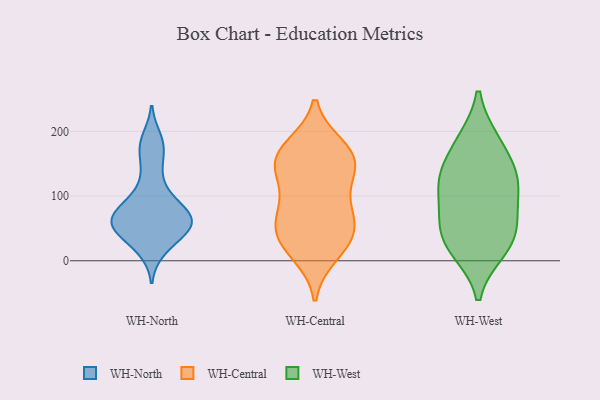
{"axis": {"x": "Headcount", "y": "Value"}, "legend": ["WH-Central", "WH-North", "WH-West"], "data": [{"x": "", "y": 49, "type": "WH-North"}, {"x": "", "y": 62, "type": "WH-North"}, {"x": "", "y": 16, "type": "WH-North"}, {"x": "", "y": 167, "type": "WH-North"}, {"x": "", "y": 50, "type": "WH-North"}, {"x": "", "y": 23, "type": "WH-North"}, {"x": "", "y": 88, "type": "WH-North"}, {"x": "", "y": 69, "type": "WH-North"}, {"x": "", "y": 114, "type": "WH-North"}, {"x": "", "y": 91, "type": "WH-North"}, {"x": "", "y": 46, "type": "WH-North"}, {"x": "", "y": 189, "type": "WH-North"}, {"x": "", "y": 57, "type": "WH-North"}, {"x": "", "y": 180, "type": "WH-North"}, {"x": "", "y": 77, "type": "WH-North"}, {"x": "", "y": 74, "type": "WH-North"}, {"x": "", "y": 141, "type": "WH-North"}, {"x": "", "y": 57, "type": "WH-North"}, {"x": "", "y": 52, "type": "WH-North"}, {"x": "", "y": 22, "type": "WH-Central"}, {"x": "", "y": 149, "type": "WH-Central"}, {"x": "", "y": 152, "type": "WH-Central"}, {"x": "", "y": 41, "type": "WH-Central"}, {"x": "", "y": 140, "type": "WH-Central"}, {"x": "", "y": 47, "type": "WH-Central"}, {"x": "", "y": 38, "type": "WH-Central"}, {"x": "", "y": 11, "type": "WH-Central"}, {"x": "", "y": 164, "type": "WH-Central"}, {"x": "", "y": 127, "type": "WH-Central"}, {"x": "", "y": 74, "type": "WH-Central"}, {"x": "", "y": 76, "type": "WH-Central"}, {"x": "", "y": 172, "type": "WH-Central"}, {"x": "", "y": 84, "type": "WH-Central"}, {"x": "", "y": 176, "type": "WH-Central"}, {"x": "", "y": 125, "type": "WH-West"}, {"x": "", "y": 129, "type": "WH-West"}, {"x": "", "y": 133, "type": "WH-West"}, {"x": "", "y": 16, "type": "WH-West"}, {"x": "", "y": 185, "type": "WH-West"}, {"x": "", "y": 81, "type": "WH-West"}, {"x": "", "y": 22, "type": "WH-West"}, {"x": "", "y": 58, "type": "WH-West"}, {"x": "", "y": 121, "type": "WH-West"}, {"x": "", "y": 184, "type": "WH-West"}, {"x": "", "y": 29, "type": "WH-West"}, {"x": "", "y": 63, "type": "WH-West"}]}